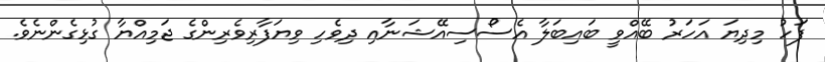
ފަހު މިދިޔަ އަހަރު ބޭއްވީ ބައިބަލާ އެސޯސިއޭޝަނާއި ދިވެހި ވިޔަފާރިވެރިންގެ ޖަމިއްޔާ ގުޅިގެންނެވެ.